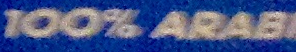
100% ARAB